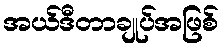
အယ်ဒီတာချုပ်အဖြစ်